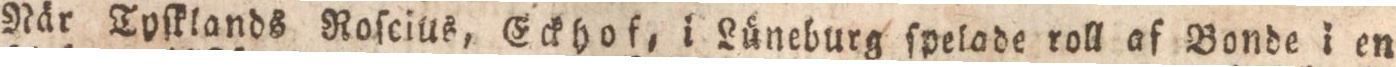
När Tyſklands Roſcius, Eckhof, i Lüneburg ſpelade roll af Bonde i en